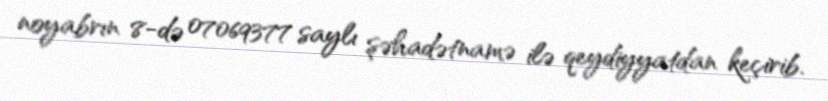
noyabrın 8-də 07069377 saylı şəhadətnamə ilə qeydiyyatdan keçirib.